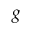
g